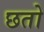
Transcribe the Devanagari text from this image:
छतो